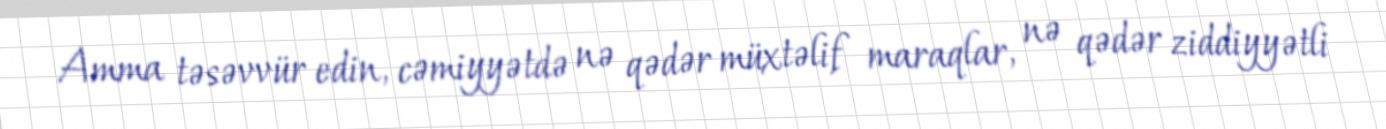
Amma təsəvvür edin, cəmiyyətdə nə qədər müxtəlif maraqlar, nə qədər ziddiyyətli